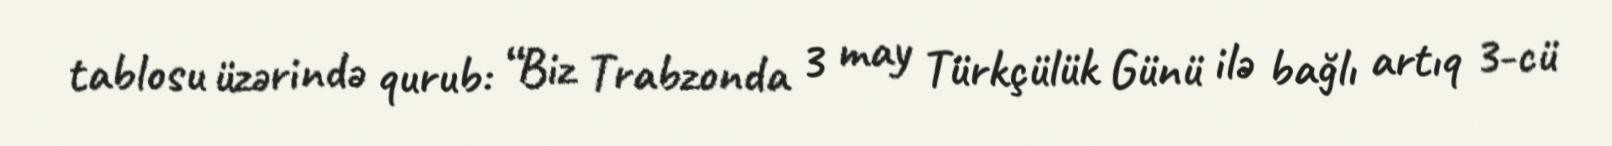
tablosu üzərində qurub: “Biz Trabzonda 3 may Türkçülük Günü ilə bağlı artıq 3-cü